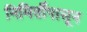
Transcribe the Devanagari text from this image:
निमिर्तीपासून